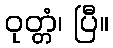
ဝုတ္တံ၊ ပြီ။